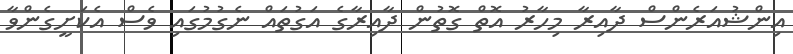
އިންޝުއަރެންސް ދާއިރާ މިހާރު އޮތް ގޮތުން ދާއިރާގެ އަގުތައް ނެގުމުގައި ވެސް އެކަށީގެންވާ